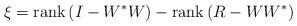
LaTeX: \begin{align*}\xi =\mathrm{rank}\, (I - W^* W) - \mathrm{rank}\, (R - W W^*)\end{align*}